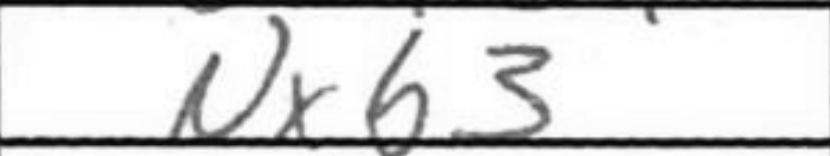
Transcription: Nxb3